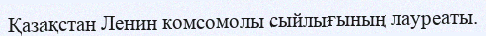
Қазақстан Ленин комсомолы сыйлығының лауреаты.